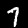
Label: 7